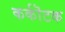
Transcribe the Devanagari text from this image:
कर्कॊटक